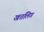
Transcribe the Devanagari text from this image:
खतलिगं